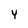
Character: Y